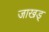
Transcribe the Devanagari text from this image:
जाखड्